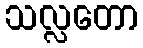
သလ္လတော